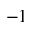
- 1